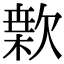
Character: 𣤂